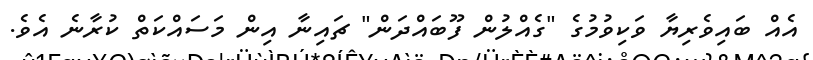
އެއް ބައިވެރިޔާ ވަކިވުމުގެ "ގެއްލުން ފޫބައްދަން" ޗައިނާ އިން މަސައްކަތް ކުރާނެ އެވެ.